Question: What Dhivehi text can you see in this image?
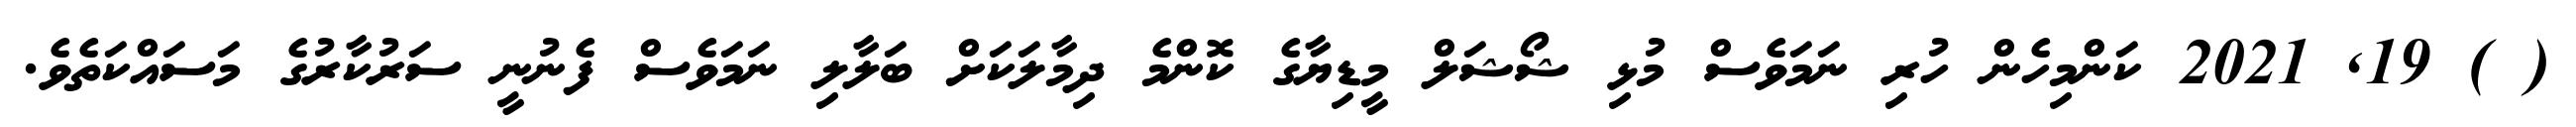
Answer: ( ) 19, 2021 ކަންމިހެން ހުރި ނަމަވެސް މުޅި ޝޯޝަލް މީޑިޔާގެ ކޮންމެ ދިމާލަކަށް ބަލާލި ނަމަވެސް ފެނުނީ ސަރުކާރުގެ މަސައްކަތެވެ.